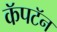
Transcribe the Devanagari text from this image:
कॅपटॅन